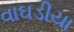
વાઘડીયા